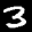
Label: 3